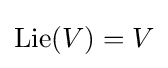
\operatorname {Lie} (V)=V